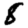
Digit: 8